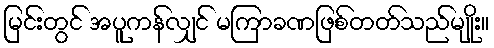
မြင်းတွင် အပူကန်လျှင် မကြာခဏဖြစ်တတ်သည်မျိုး။